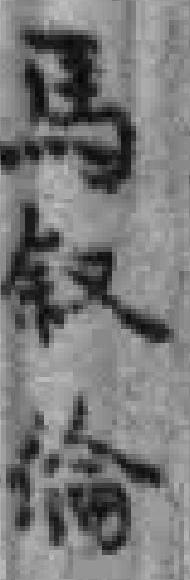
馬叙倫